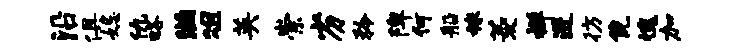
沿俱妃仇略滋俎英崇劣矜陴何船稼菱禅进彷倪愧加